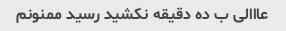
عااالی ب ده دقیقه نکشید رسید ممنونم